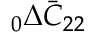
\phantom { } _ { 0 } \Delta \bar { C } _ { 2 2 }